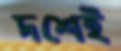
দশেই